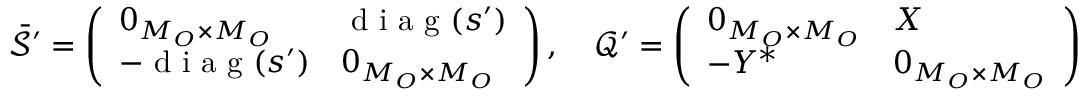
\bar { \mathcal { S } } ^ { \prime } = \left( \begin{array} { l l } { 0 _ { M _ { O } \times M _ { O } } } & { \mathrm { ~ d ~ i ~ a ~ g ~ } ( s ^ { \prime } ) } \\ { - \mathrm { ~ d ~ i ~ a ~ g ~ } ( s ^ { \prime } ) } & { 0 _ { M _ { O } \times M _ { O } } } \end{array} \right) , \quad \mathcal { Q } ^ { \prime } = \left( \begin{array} { l l } { 0 _ { M _ { O } \times M _ { O } } } & { X } \\ { - Y ^ { * } } & { 0 _ { M _ { O } \times M _ { O } } } \end{array} \right) .